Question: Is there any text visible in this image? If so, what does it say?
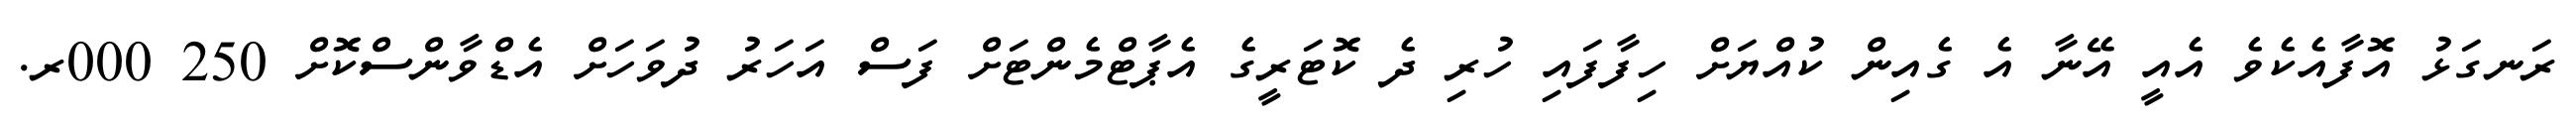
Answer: ރަނގަޅު އޮފާއެކެވެ އެއީ އޭނާ އެ ގެއިން ކުއްޔަށް ހިފާފައި ހުރި ދެ ކޮޓަރީގެ އެޕާޓްމެންޓަށް ފަސް އަހަރު ދުވަހަށް އެޑްވާންސްކޮށް 250 000ރ.